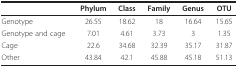
<table><thead><tr><td></td><td><b>Phylum</b></td><td><b>Class</b></td><td><b>Family</b></td><td><b>Genus</b></td><td><b>OTU</b></td></tr></thead><tbody><tr><td>Genotype</td><td>26.55</td><td>18.62</td><td>18</td><td>16.64</td><td>15.65</td></tr><tr><td>Genotype and cage</td><td>7.01</td><td>4.61</td><td>3.73</td><td>3</td><td>1.35</td></tr><tr><td>Cage</td><td>22.6</td><td>34.68</td><td>32.39</td><td>35.17</td><td>31.87</td></tr><tr><td>Other</td><td>43.84</td><td>42.1</td><td>45.88</td><td>45.18</td><td>51.13</td></tr></tbody></table>